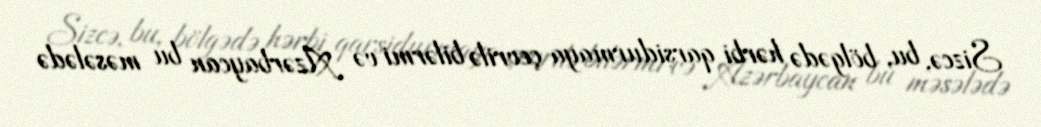
Sizcə, bu, bölgədə hərbi qarşidurmaya çevrilə bilərmi və Azərbaycan bu məsələdə